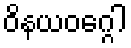
ဝိနယဝဂ္ဂေါ